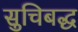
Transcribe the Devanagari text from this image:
सुचिबद्ध